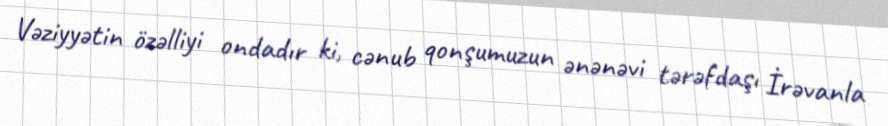
Vəziyyətin özəlliyi ondadır ki, cənub qonşumuzun ənənəvi tərəfdaşı İrəvanla